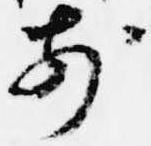
前